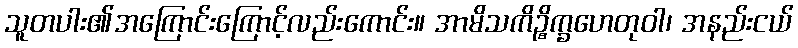
သူတပါး၏အကြောင်းကြောင့်လည်းကောင်း။ အာမိသကိဉ္စိက္ခဟေတုဝါ၊ အနည်းငယ်